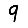
Digit: 9